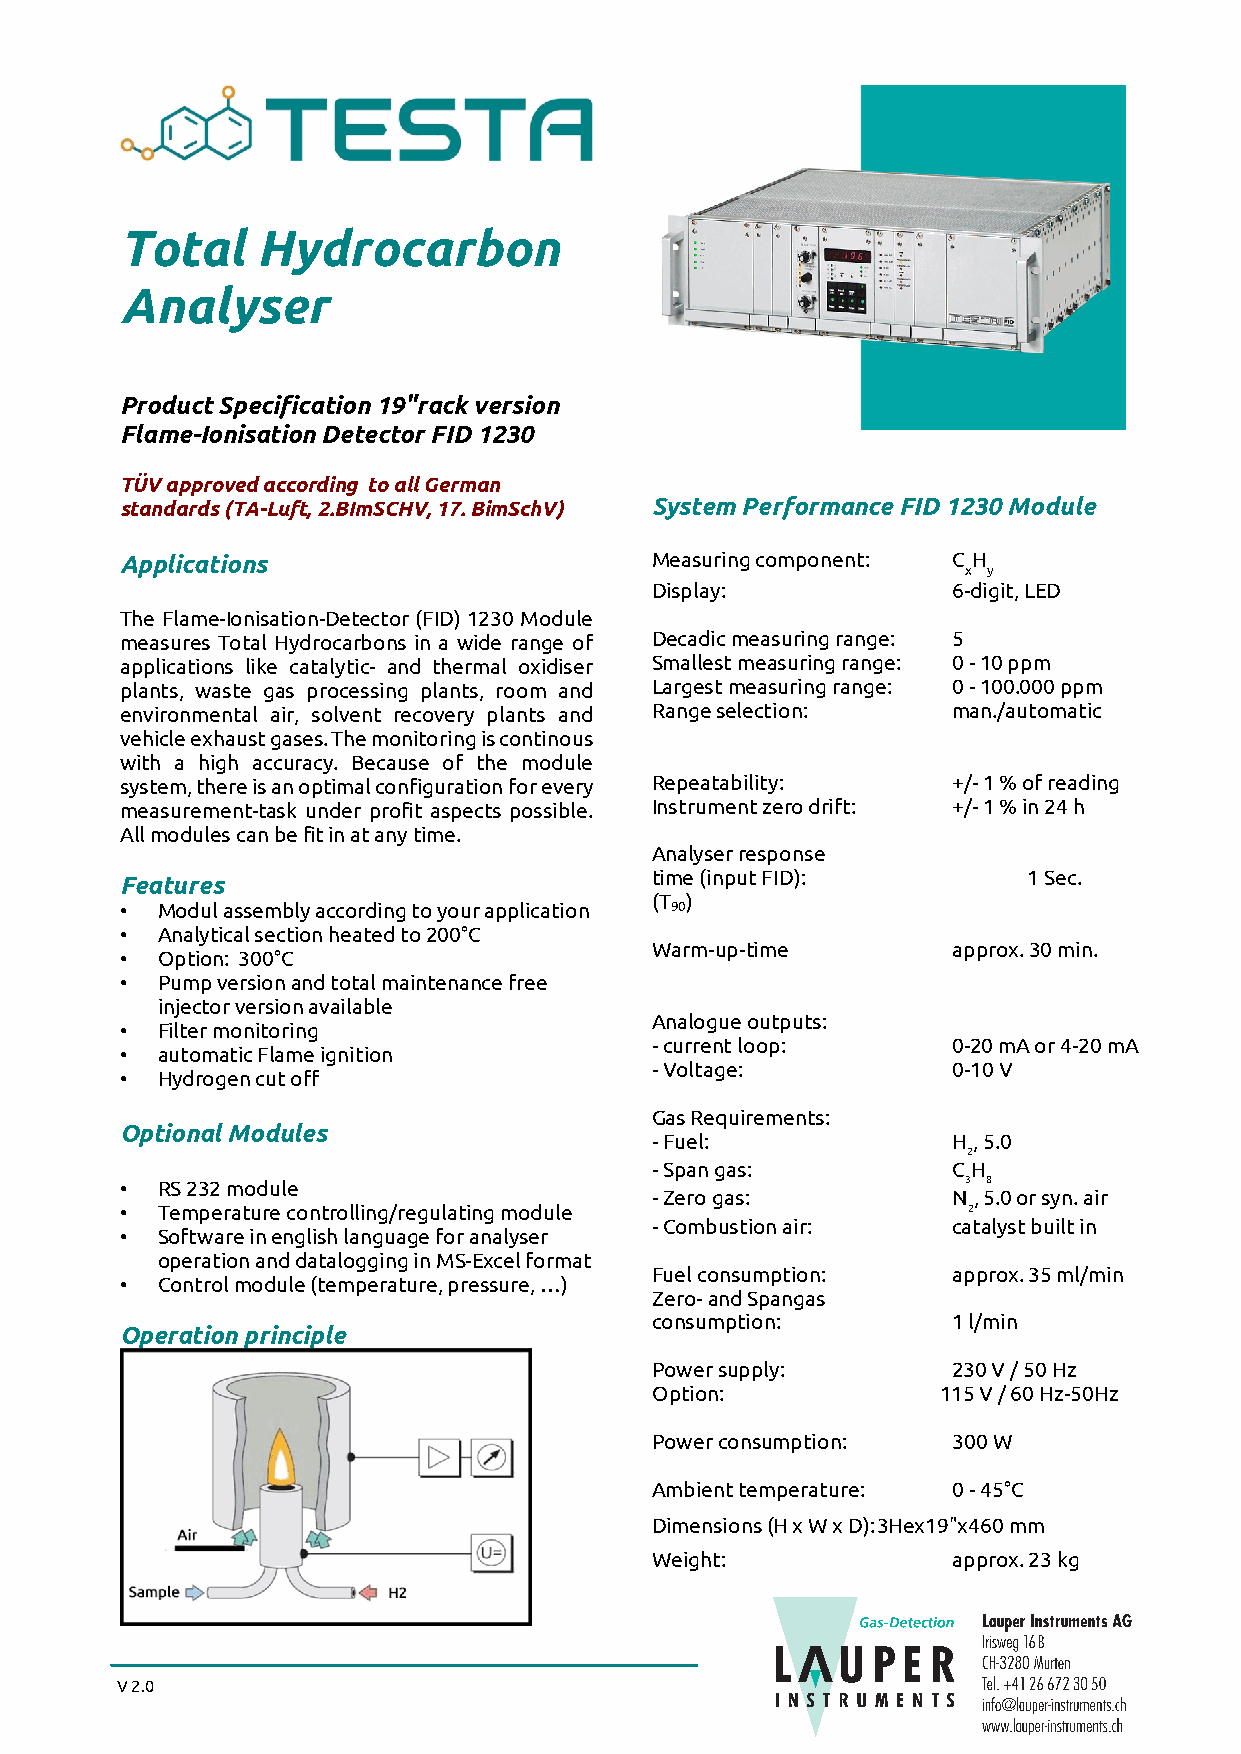
Total    Hydrocarbon
 Analyser
 Product Specification 19"rack version
 Flame-Ionisation Detector FID 1230
 TÜV approved according to all German
 standards (TA-Luft, 2.BImSCHV, 17. BimSchV) System Performance FID 1230 Module
 Applications                       Measuring component: C H
 x y
 Display:            6-digit, LED
 The Flame-Ionisation-Detector (FID) 1230 Module
 measures Total Hydrocarbons in a wide range of Decadic measuring range: 5
 applications like catalytic- and thermal oxidiser Smallest measuring range: 0 - 10 ppm
 plants, waste gas processing plants, room and Largest measuring range: 0 - 100.000 ppm
 environmental air, solvent recovery plants and Range selection: man./automatic
 vehicle exhaust gases. The monitoring is continous
 with a high accuracy. Because of the module
 system, there is an optimal configuration for every Repeatability: +/- 1 % of reading
 measurement-task under profit aspects possible. Instrument zero drift: +/- 1 % in 24 h
 All modules can be fit in at any time.
 Analyser response
 Features                           time (input FID):        1 Sec.
 (T )
 • Modul assembly according to your application 90
 • Analytical section heated to 200°C
 Warm-up-time        approx. 30 min.
 • Option: 300°C
 • Pump version and total maintenance free
 injector version available
 Analogue outputs:
 • Filter monitoring
 -current loop:      0-20 mA or 4-20 mA
 • automatic Flame ignition
 -Voltage:           0-10 V
 • Hydrogen cut off
 Gas Requirements:
 Optional Modules
 -Fuel:              H, 5.0
 2
 -Span gas:          CH
 • RS 232 module                                         3 8
 -Zero gas:          N, 5.0 or syn. air
 • Temperature controlling/regulating module             2
 -Combustion air:    catalyst built in
 • Software in english language for analyser
 operation and datalogging in MS-Excel format
 Fuel consumption:   approx. 35 ml/min
 • Control module (temperature, pressure, …)
 Zero- and Spangas
 consumption:        1 l/min
 Operation principle
 Power supply:       230 V / 50 Hz
 Option:            115 V / 60 Hz-50Hz
 Power consumption:  300 W
 Ambient temperature: 0 - 45°C
 Dimensions (H x W x D): 3Hex19"x460 mm
 Weight:             approx. 23 kg
 V 2.0